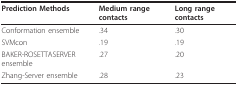
<table><thead><tr><td><b>Prediction Methods</b></td><td><b>Medium range contacts</b></td><td><b>Long range contacts</b></td></tr></thead><tbody><tr><td>Conformation ensemble</td><td>.34</td><td>.30</td></tr><tr><td>SVMcon</td><td>.19</td><td>.19</td></tr><tr><td>BAKER-ROSETTASERVER ensemble</td><td>.27</td><td>.20</td></tr><tr><td>Zhang-Server ensemble</td><td>.28</td><td>.23</td></tr></tbody></table>